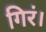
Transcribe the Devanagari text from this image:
गिरं।